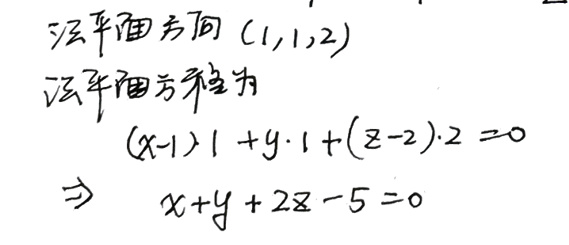
已知平面方向\((1,1,2)\)

该平面方程为

\((x - 1)\cdot1+y\cdot1+(z - 2)\cdot2 = 0\)

\(\Rightarrow x + y+2z - 5 = 0\)